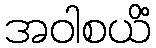
အဝါစယိံ